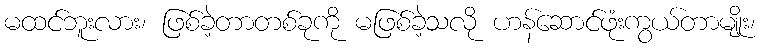
မထင်ဘူးလား၊ ဖြစ်ခဲ့တာတစ်ခုကို မဖြစ်ခဲ့သလို ဟန်ဆောင်ဖုံးကွယ်တာမျိုး၊